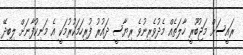
ރައީސަށް މަޖުބޫރީ ހާލަތެއް މެދުވެރިނުވެ ރިޔާސީ ދައުރު ފުރިހަމަކުރުމަކީ އެ މަނިކުފާނަށް ލިބިދޭ